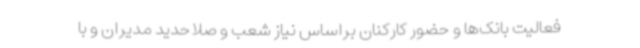
فعالیت بانک‌ها و حضور کارکنان براساس نیاز شعب و صلاحدید مدیران و با